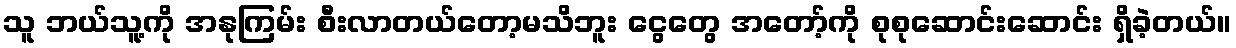
သူ ဘယ်သူ့ကို အနုကြမ်း စီးလာတယ်တော့မသိဘူး ငွေတွေ အတော့်ကို စုစုဆောင်းဆောင်း ရှိခဲ့တယ်။